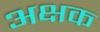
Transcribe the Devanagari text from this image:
अक्षक